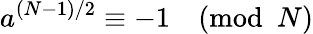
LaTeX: a^{(N-1)/2}\equiv-1{\pmod{N}}